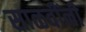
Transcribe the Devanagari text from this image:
साळवींनी